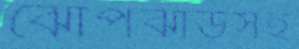
ঝোপঝাড়সহ